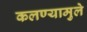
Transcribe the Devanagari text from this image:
कलण्यामुले